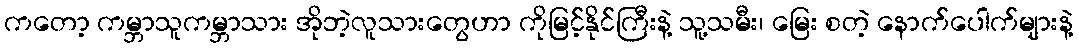
ကတော့ ကမ္ဘာသူကမ္ဘာသား အိုဘဲ့လူသားတွေဟာ ကိုမြင့်နိုင်ကြီးနဲ့ သူ့သမီး၊ မြေး စတဲ့ နောက်ပေါက်များနဲ့